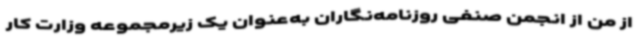
از من از انجمن صنفی روزنامه‌نگاران به‌عنوان یک زیرمجموعه وزارت کار